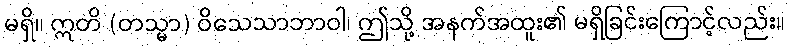
မရှိ။ ဣတိ (တသ္မာ) ဝိသေသာဘာဝါ၊ ဤသို့ အနက်အထူး၏ မရှိခြင်းကြောင့်လည်း။